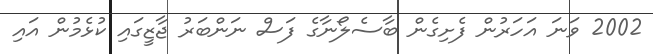
2002 ވަނަ އަހަރުން ފެށިގެން ބާސެލޯނާގެ ފަސް ނަންބަރު ޖާޒީގައި ކުޅެމުން އައި